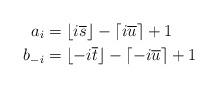
LaTeX: \begin{align*}a_i & = \lfloor i\overline{s} \rfloor - \lceil i\overline{u} \rceil + 1 \\b_{-i} & = \lfloor -i\overline{t} \rfloor - \lceil -i\overline{u} \rceil + 1 \end{align*}